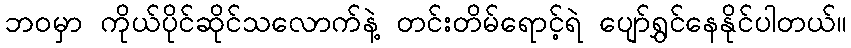
ဘဝမှာ ကိုယ်ပိုင်ဆိုင်သလောက်နဲ့ တင်းတိမ်ရောင့်ရဲ ပျော်ရွှင်နေနိုင်ပါတယ်။